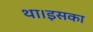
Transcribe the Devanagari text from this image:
था।इसका